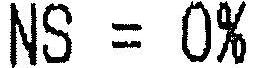
NS = 0%